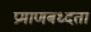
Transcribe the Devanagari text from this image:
प्रमाणबध्दता